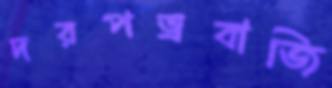
দরপত্রবাজি